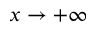
x \to + \infty